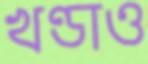
খণ্ডাও